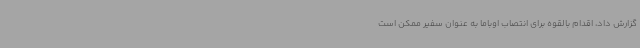
گزارش داد، اقدام بالقوه برای انتصاب اوباما به عنوان سفیر ممکن است